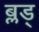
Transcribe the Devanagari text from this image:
ब्लड्